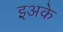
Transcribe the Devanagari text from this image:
इअके